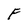
Character: F